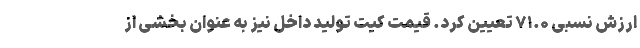
ارزش نسبی ۷۱.۰ تعیین کرد. قیمت کیت تولید داخل نیز به عنوان بخشی از